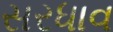
સરધાવ